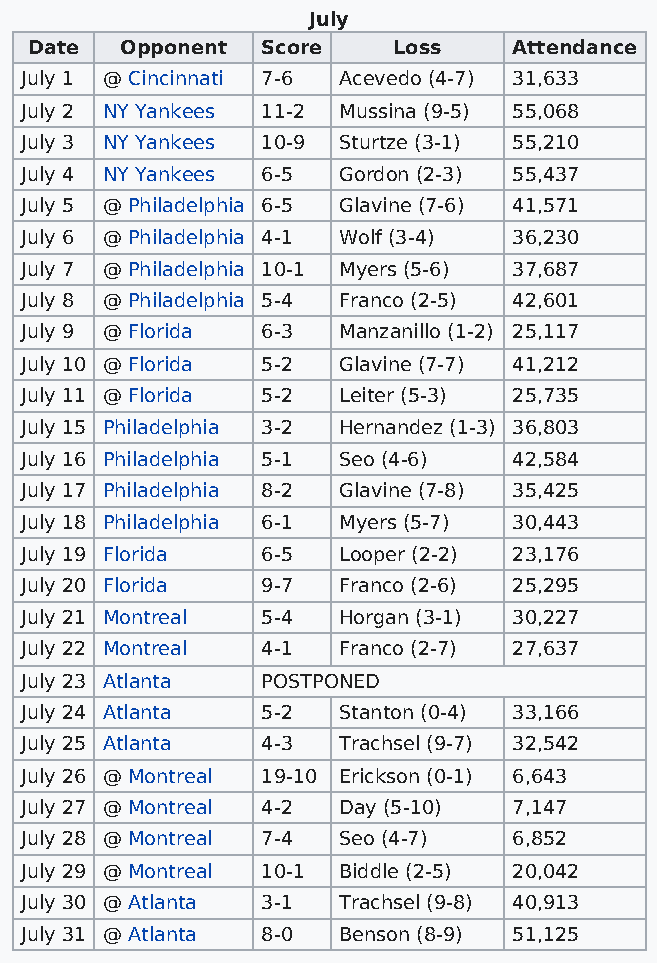
July
 Date  Opponent Score    Loss    Attendance
 July 1 @ Cincinnati 7-6 Acevedo (4-7) 31,633
 July 2 NY Yankees 11-2 Mussina (9-5) 55,068
 July 3 NY Yankees 10-9 Sturtze (3-1) 55,210
 July 4 NY Yankees 6-5 Gordon (2-3) 55,437
 July 5 @ Philadelphia 6-5 Glavine (7-6) 41,571
 July 6 @ Philadelphia 4-1 Wolf (3-4) 36,230
 July 7 @ Philadelphia 10-1 Myers (5-6) 37,687
 July 8 @ Philadelphia 5-4 Franco (2-5) 42,601
 July 9 @ Florida 6-3 Manzanillo (1-2) 25,117
 July 10 @ Florida 5-2 Glavine (7-7) 41,212
 July 11 @ Florida 5-2 Leiter (5-3) 25,735
 July 15 Philadelphia 3-2 Hernandez (1-3) 36,803
 July 16 Philadelphia 5-1 Seo (4-6) 42,584
 July 17 Philadelphia 8-2 Glavine (7-8) 35,425
 July 18 Philadelphia 6-1 Myers (5-7) 30,443
 July 19 Florida 6-5  Looper (2-2) 23,176
 July 20 Florida 9-7  Franco (2-6) 25,295
 July 21 Montreal 5-4 Horgan (3-1) 30,227
 July 22 Montreal 4-1 Franco (2-7) 27,637
 July 23 Atlanta POSTPONED
 July 24 Atlanta 5-2  Stanton (0-4) 33,166
 July 25 Atlanta 4-3  Trachsel (9-7) 32,542
 July 26 @ Montreal 19-10 Erickson (0-1) 6,643
 July 27 @ Montreal 4-2 Day (5-10) 7,147
 July 28 @ Montreal 7-4 Seo (4-7) 6,852
 July 29 @ Montreal 10-1 Biddle (2-5) 20,042
 July 30 @ Atlanta 3-1 Trachsel (9-8) 40,913
 July 31 @ Atlanta 8-0 Benson (8-9) 51,125